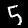
Label: 5